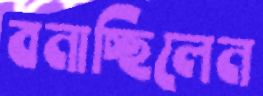
বনাচ্ছিলেন